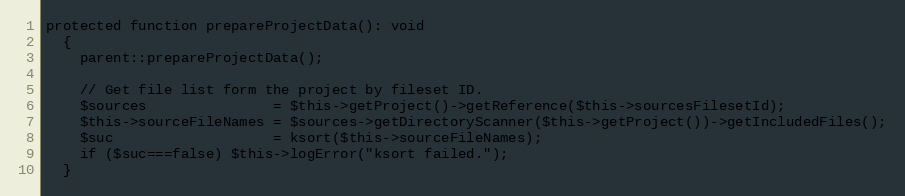
Language: PHP
protected function prepareProjectData(): void
  {
    parent::prepareProjectData();

    // Get file list form the project by fileset ID.
    $sources               = $this->getProject()->getReference($this->sourcesFilesetId);
    $this->sourceFileNames = $sources->getDirectoryScanner($this->getProject())->getIncludedFiles();
    $suc                   = ksort($this->sourceFileNames);
    if ($suc===false) $this->logError("ksort failed.");
  }